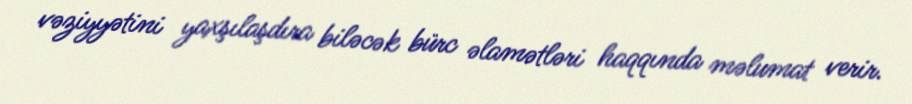
vəziyyətini yaxşılaşdıra biləcək bürc əlamətləri haqqında məlumat verir.